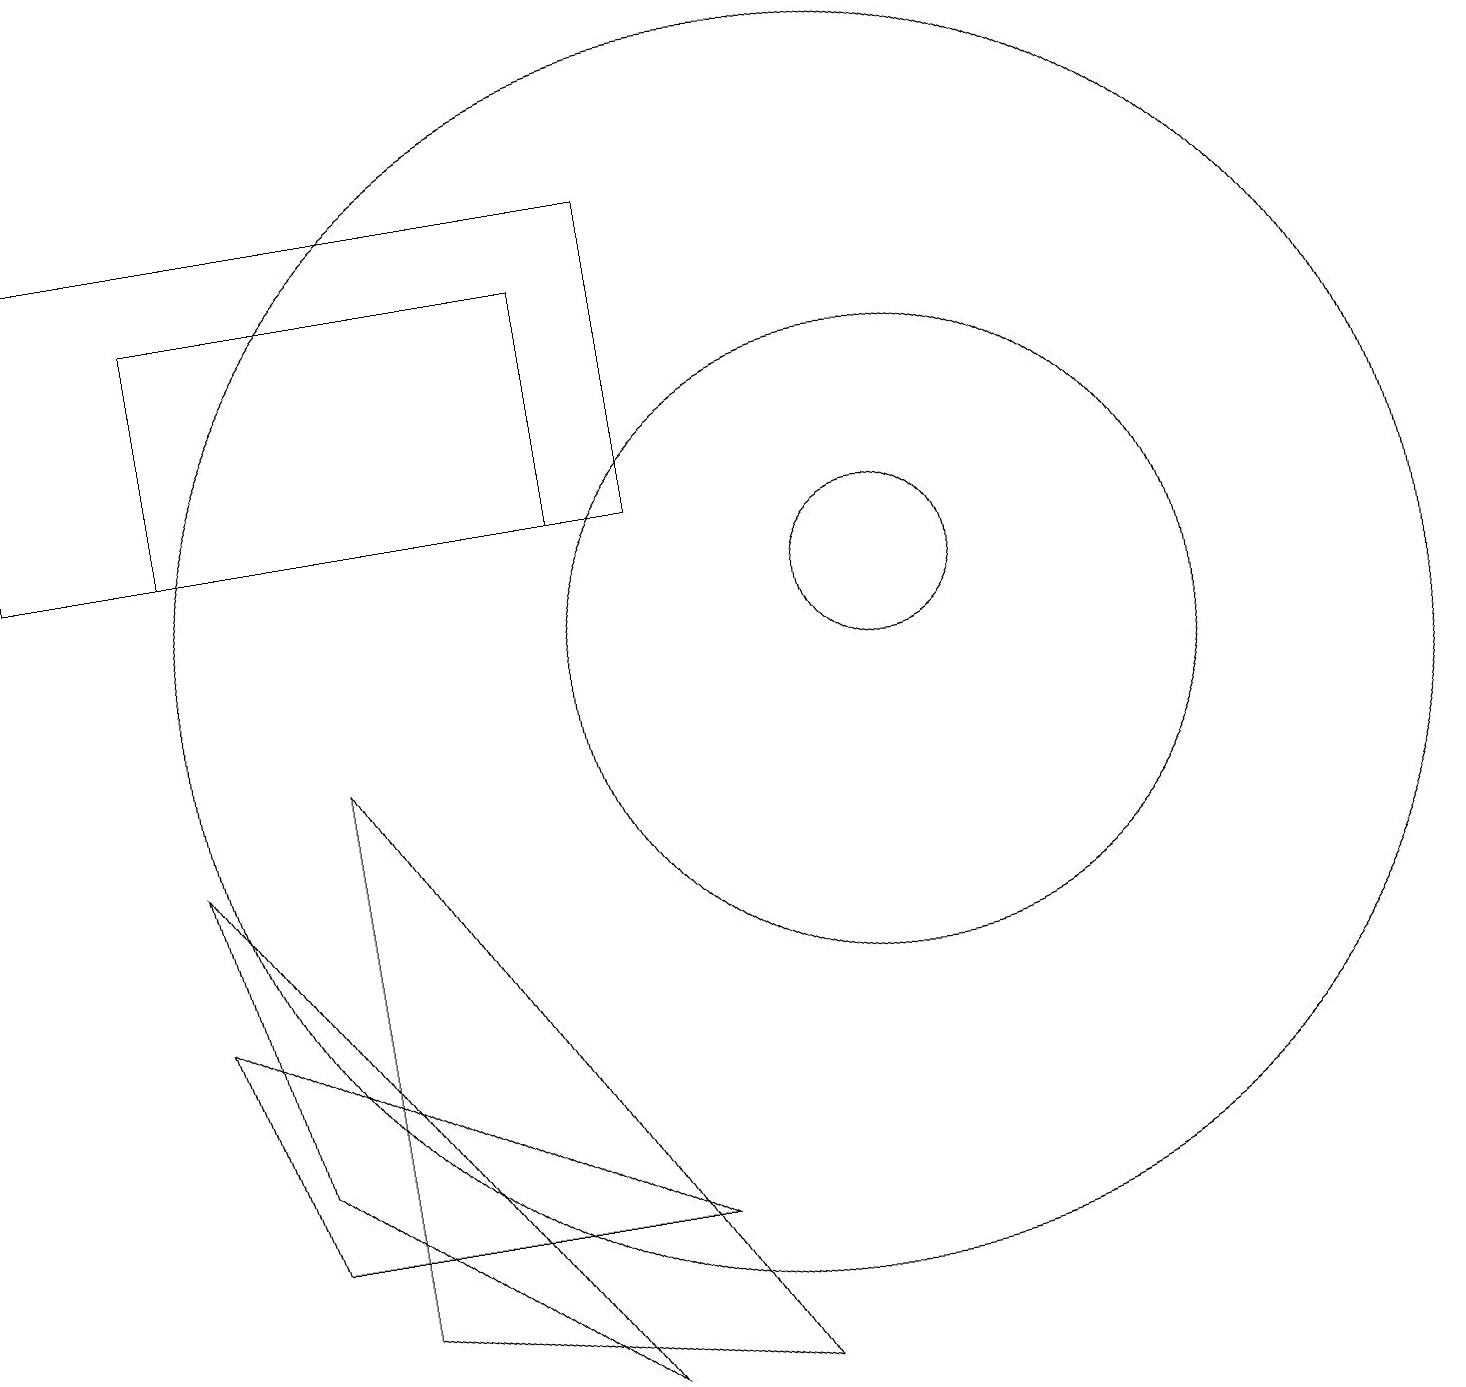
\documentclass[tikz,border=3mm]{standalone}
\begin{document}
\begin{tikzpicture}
\draw (11,10) circle (4);
\draw (11,11) circle (1);
\draw (7,12) rectangle (2,15);
\draw (3,3) -- (8,3) -- (2,6) -- cycle;
\draw (7,1) -- (2,8) -- (3,4) -- cycle;
\draw (10,10) circle (8);
\draw (0,12) rectangle (8,16);
\draw (4,2) -- (9,1) -- (4,9) -- cycle;
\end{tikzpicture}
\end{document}